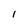
Character: I